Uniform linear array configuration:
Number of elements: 4
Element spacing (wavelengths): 0.5
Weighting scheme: uniform
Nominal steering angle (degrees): -15
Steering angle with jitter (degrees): -14.392
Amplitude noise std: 0.05
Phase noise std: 0.05

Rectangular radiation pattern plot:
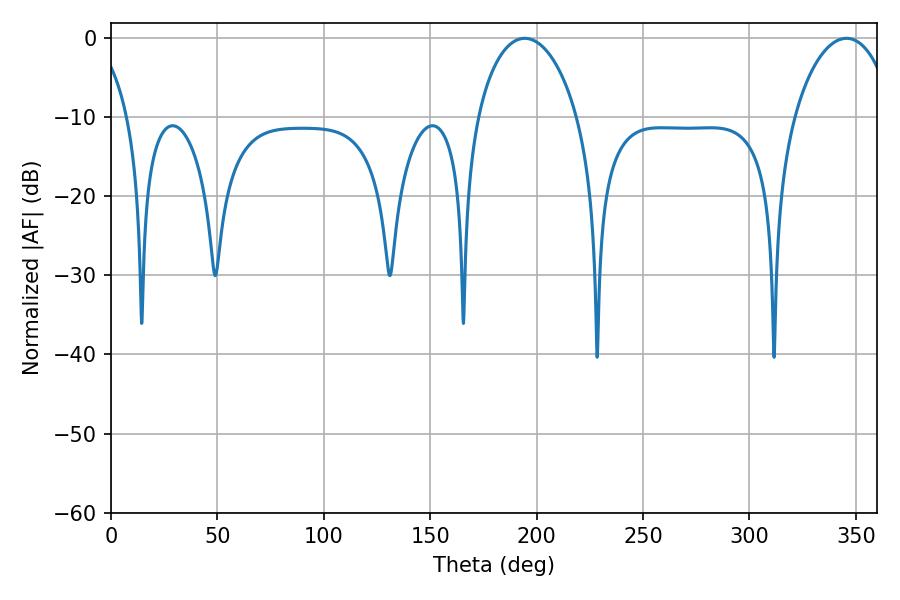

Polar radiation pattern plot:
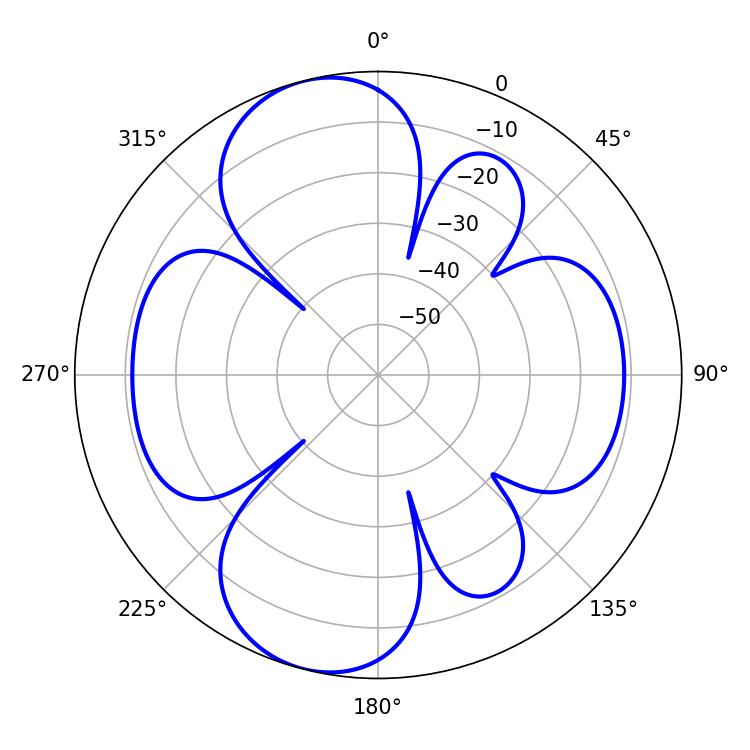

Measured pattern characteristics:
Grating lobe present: FALSE
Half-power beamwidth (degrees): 27
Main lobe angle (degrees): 194.4